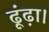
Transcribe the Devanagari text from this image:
ढूंढ़ा।